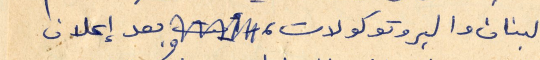
لبنان والبروتوكولات ، وبعد إعلان